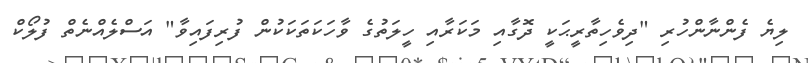
ލިޔެ ފެންނާންހުރި "ދިވެހިތާރީޙަކީ ދޮގާއި މަކަރާއި ހީލަތުގެ ވާހަކަތަކަކުން ފުރިފައިވާ" އަސްލެއްނެތް ފުލޯކް